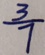
\frac { 3 } { 7 }